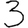
Digit: 3